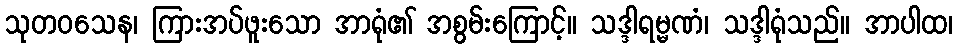
သုတဝသေန၊ ကြားအပ်ဖူးသော အာရုံ၏ အစွမ်းကြောင့်။ သဒ္ဒါရမ္မဏံ၊ သဒ္ဒါရုံသည်။ အာပါထ၊